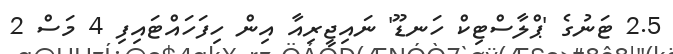
2.5 ޓަނުގެ 'ޕްލާސްޓިކް ހަނޑޫ' ނައިޖީރިއާ އިން ހިފަހައްޓައިފި 4 މަސް 2